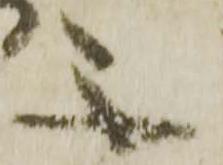
不